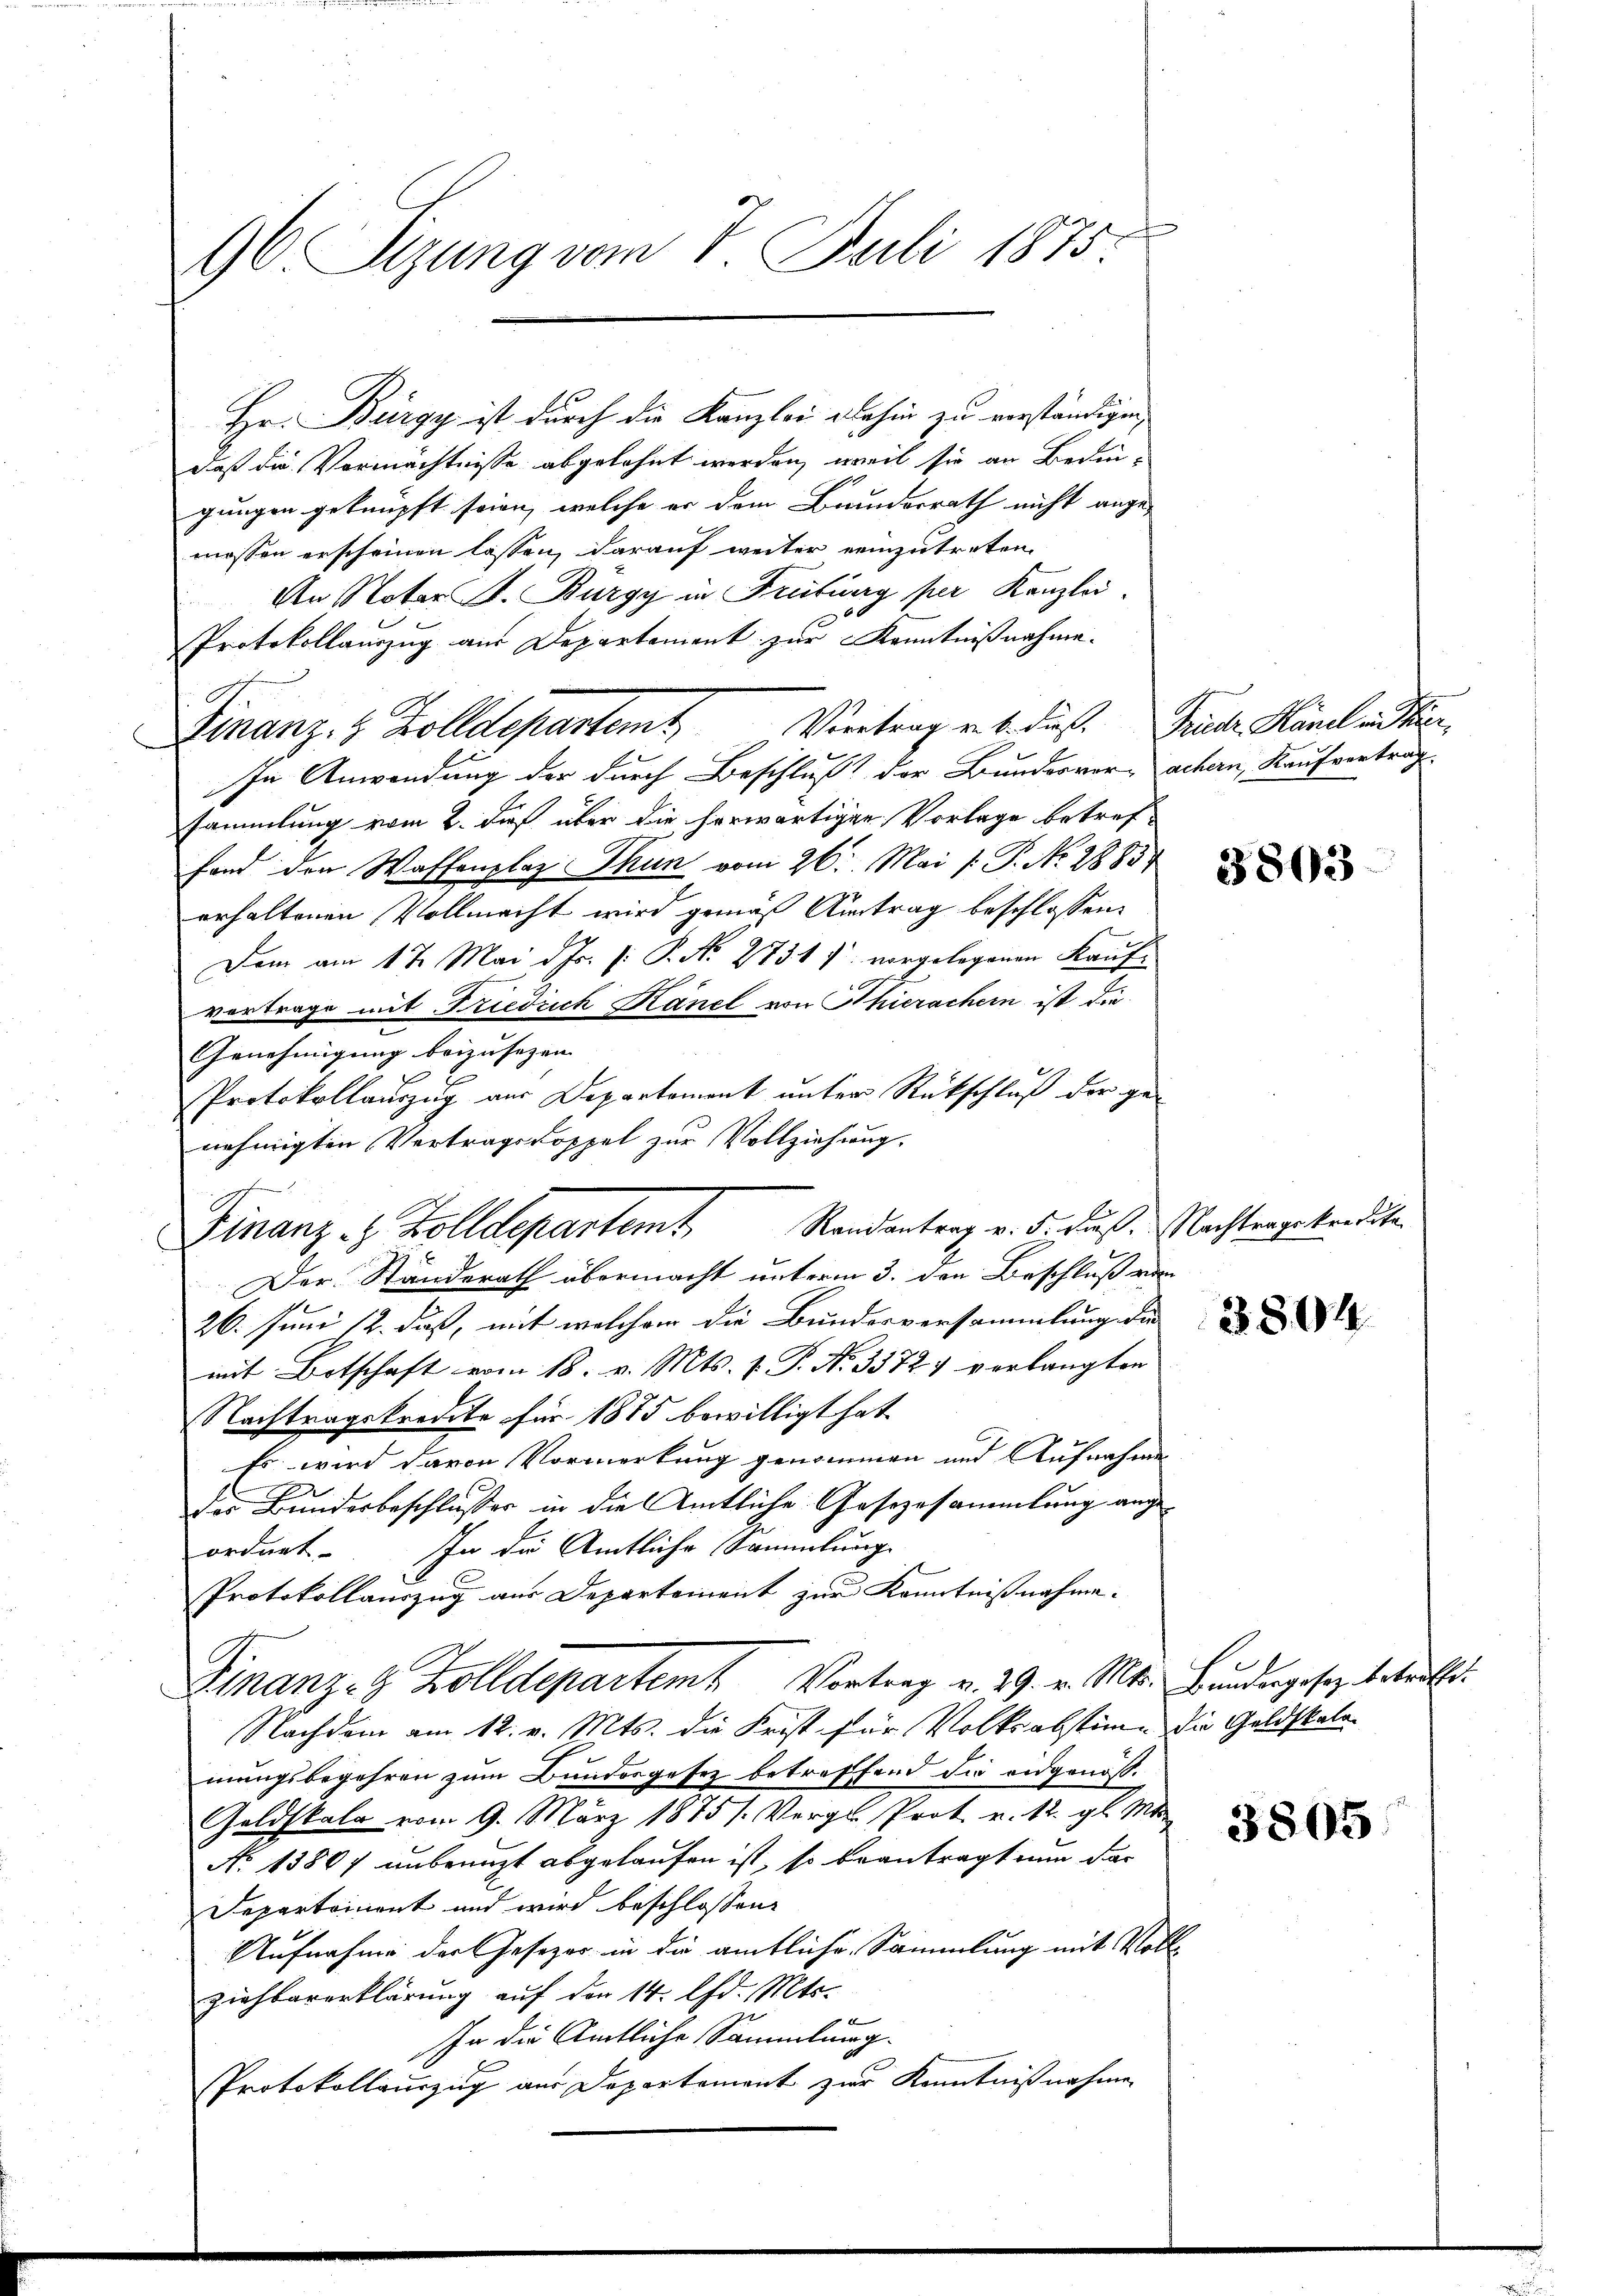
Hr. Bürgy ist durch die Kanzlei dahin zu verständigen,
daß die Vermächtnisse abgelehnt werden, weil sie an Bedingungen geknüpft seien, welche er dem Bundesrath nicht angemossen erscheinen lassen, darauf weiter einzutreten.
An Notar J. Burgy in Freitung per Kanzlei
Protokollauszug aus Departement zur Kenntnißnahme.
Finanz, 8 Zolldepartem Vertrag et diese Funde Hänel an die
In Anwendung der durch Beschluß der Bundesvor- Sachern, Kaufverträgsammlung vom 2. dieß über die herwärtigen Vorlage betref-
fand den Waffenplaz Thun vom 26. Mai /: P. Nr. 2883
erhaltenen Vollmacht wird gemäß Antrag beschlossen:
Dem am 17. Mai d. Js. (: P. No. 2731) vorgelegenen Kaufvortrage mit Friedrich Känel von Thierachern ist die
Genehmigung beizusehen.
Protokollauszug aus Departement unter Rutschluß der ge-
nehmigten Vertragsdoppel zur Vollziehung.
Finanz - Zolldepartem Randantrag v. 5. Fuß. Nachtragskredite
Der Standerath übermacht unterm 3. den Beschluß von
26. Juni 12. daß, mit welchem die Bundesversammlung der
mit Botschaft vom 18. v. Mts. v. P. Nr. 3372 & verlangten
Nachtragskredite für 1875 bewilligt hat.
Es wird davon Vormerkung genommen und Aufnahmen
I
der Bunderbeschlusser in die Amtliche Gesezesammlung ange-
In die Amtliche Sammlung.
ordnet.
Protokollauszug aus Departement zur Kenntnißnahme.
Finanze Zolldepartem Vortrag v. 29. v. Mts. Bŭndesgesetz betraft.
Nachdem am 12. v. Mts. die Frist für Volksabstimme die Geldskala
mungsbegehren zum Bundesgesez betreffend die eidgenöß¬
Geldstate vom 9. März 1875 /: Vergl. Prok. u. 12. gl. Mit
No 13807 unbeengt abgelaufen ist, so beantragt nun das
Departement und wird beschlossen:
Aufnahme der Gesezer in die amtliche Sammlung mit Vollziehbarerklärung auf der 14. lfd. Mts.
In die Amtliche Sammlung.
Protokollauszug aus Departement zur Kenntnißnahme

96. Sizung vom 7. Juli 1875.

3803

3804

3805